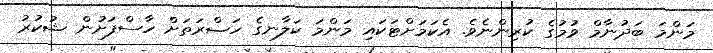
މަންމަ ބަދުނާމް ވުމުގެ ކުރިންނެވެ. އެކަމަށްޓަކައި މަންމަ ކަލާނގެ ހަޟްރަތަށް ހާސްފަށުން ޝުކުރު